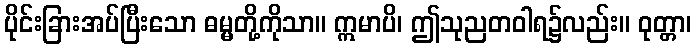
ပိုင်းခြားအပ်ပြီးသော ဓမ္မတို့ကိုသာ။ ဣမာပိ၊ ဤသုညတဝါရ၌လည်း။ ဝုတ္တာ၊